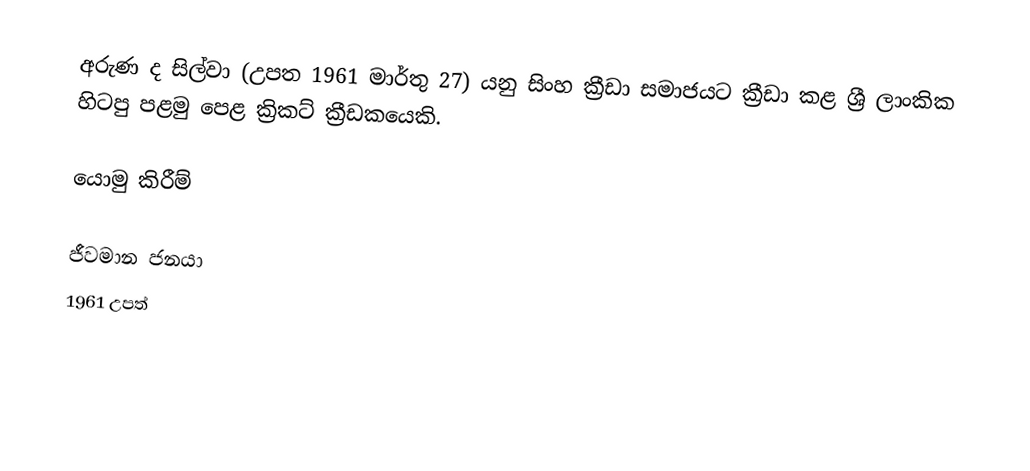
අරුණ ද සිල්වා (උපත 1961 මාර්තු 27) යනු සිංහ ක්‍රීඩා සමාජයට ක්‍රීඩා කළ ශ්‍රී ලාංකික හිටපු පළමු පෙළ ක්‍රිකට් ක්‍රීඩකයෙකි.

යොමු කිරීම්

ජීවමාන ජනයා
1961 උපත්